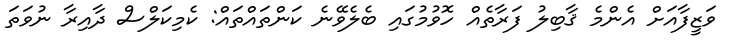
ވަޒީފާއަށް އެންމެ ޤާބިލު ފަރާތެއް ހޮވުމުގައި ބެލެވޭނެ ކަންތައްތައް: ކެމިކަލްސް ދާއިރާ ނުވަތަ